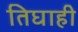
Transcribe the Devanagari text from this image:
तिघाही